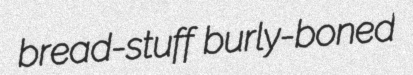
bread-stuff burly-boned